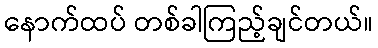
နောက်ထပ် တစ်ခါကြည့်ချင်တယ်။